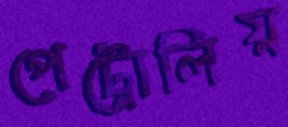
পেট্রোলিয়